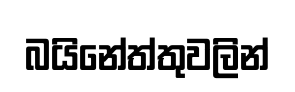
බයිනේත්තුවලින්